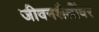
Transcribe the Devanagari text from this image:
जीवनशैलींवर